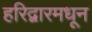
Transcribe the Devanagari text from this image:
हरिद्वारमधून